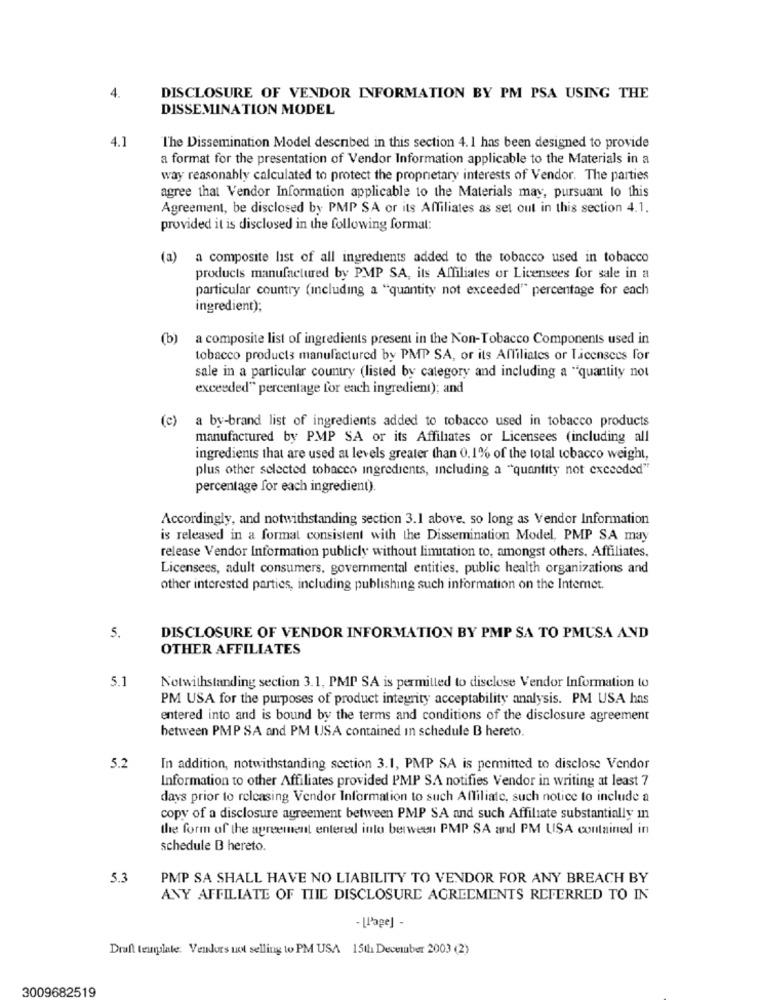
4.
DISCLOSURE OF VENDOR INFORMATION BY PM PSA USING THE
DISSEMINATION MODEL
4.1
The Dissemination Model described in this section 4.1 has been designed to provide
a format for the presentation of Vendor Information applicable to the Materials in a
way reasonably calculated to protect the proprietary interests of Vendor. The parties
agree that Vendor Information applicable to the Materials may, pursuant to this
Agreement, be disclosed by PMP SA or its Affiliates as set out in this section 4.1.
provided it is disclosed in the following format:
(a)
a composite list of all ingredients added to the tobacco used in tobacco
products manufactured by PMP SA, its Affiliates or Licensees for sale in a
particular country (including a "quantity not exceeded" percentage for each
ingredient);
(b)
a composite list of ingredients present in the Non-Tobacco Components used in
tobacco products manufactured by PMP SA, or its Affiliates or Licensees for
sale in a particular country (listed by category and including a "quantity not
exceeded" percentage for each ingredient); and
(c) a by-brand list of ingredients added to tobacco used in tobacco products
manufactured by PMP SA or its Affiliates or Licensees (including all
ingredients that are used at levels greater than 0.1% of the total tobacco weight,
plus other selected tobacco ingredients, including a "quantity not exceeded"
percentage for each ingredient).
Accordingly, and notwithstanding section 3.1 above. so long as Vendor Information
is released in a format consistent with the Dissemination Model, PMP SA may
release Vendor Information publicly without limitation to, amongst others. Affiliates,
Licensees, adult consumers, governmental entities, public health organizations and
other interested parties, including publishing such information on the Internet.
5.
DISCLOSURE OF VENDOR INFORMATION BY PMP SA TO PMUSA AND
OTHER AFFILIATES
5.1
Notwithstanding section 3.1, PMP SA is permitted to disclose Vendor Information to
PM USA for the purposes of product integrity acceptability analysis. PM USA has
entered into and is bound by the terms and conditions of the disclosure agreement
between PMP SA and PM USA contained in schedule B hereto.
5.2
In addition, notwithstanding section 3.1, PMP SA is permitted to disclose Vendor
Information to other Affiliates provided PMP SA notifies Vendor in writing at least 7
days prior to releasing Vendor Information to such Affiliate, such notice to include a
copy of a disclosure agreement between PMP SA and such Affiliate substantially in
the form of the agreement entered into berween PMP SA and PM USA contained in
schedule B hereto.
5.3
PMP SA SHALL HAVE NO LIABILITY TO VENDOR FOR ANY BREACH BY
ANY AFFILIATE OF TIIE DISCLOSURE AGREEMENTS REFERRED TO IN
- [L'age] -
Draft template. Vendors not selling to PM USA 15th December 2003 (2)
3009682519